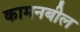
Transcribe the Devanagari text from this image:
कामनबील